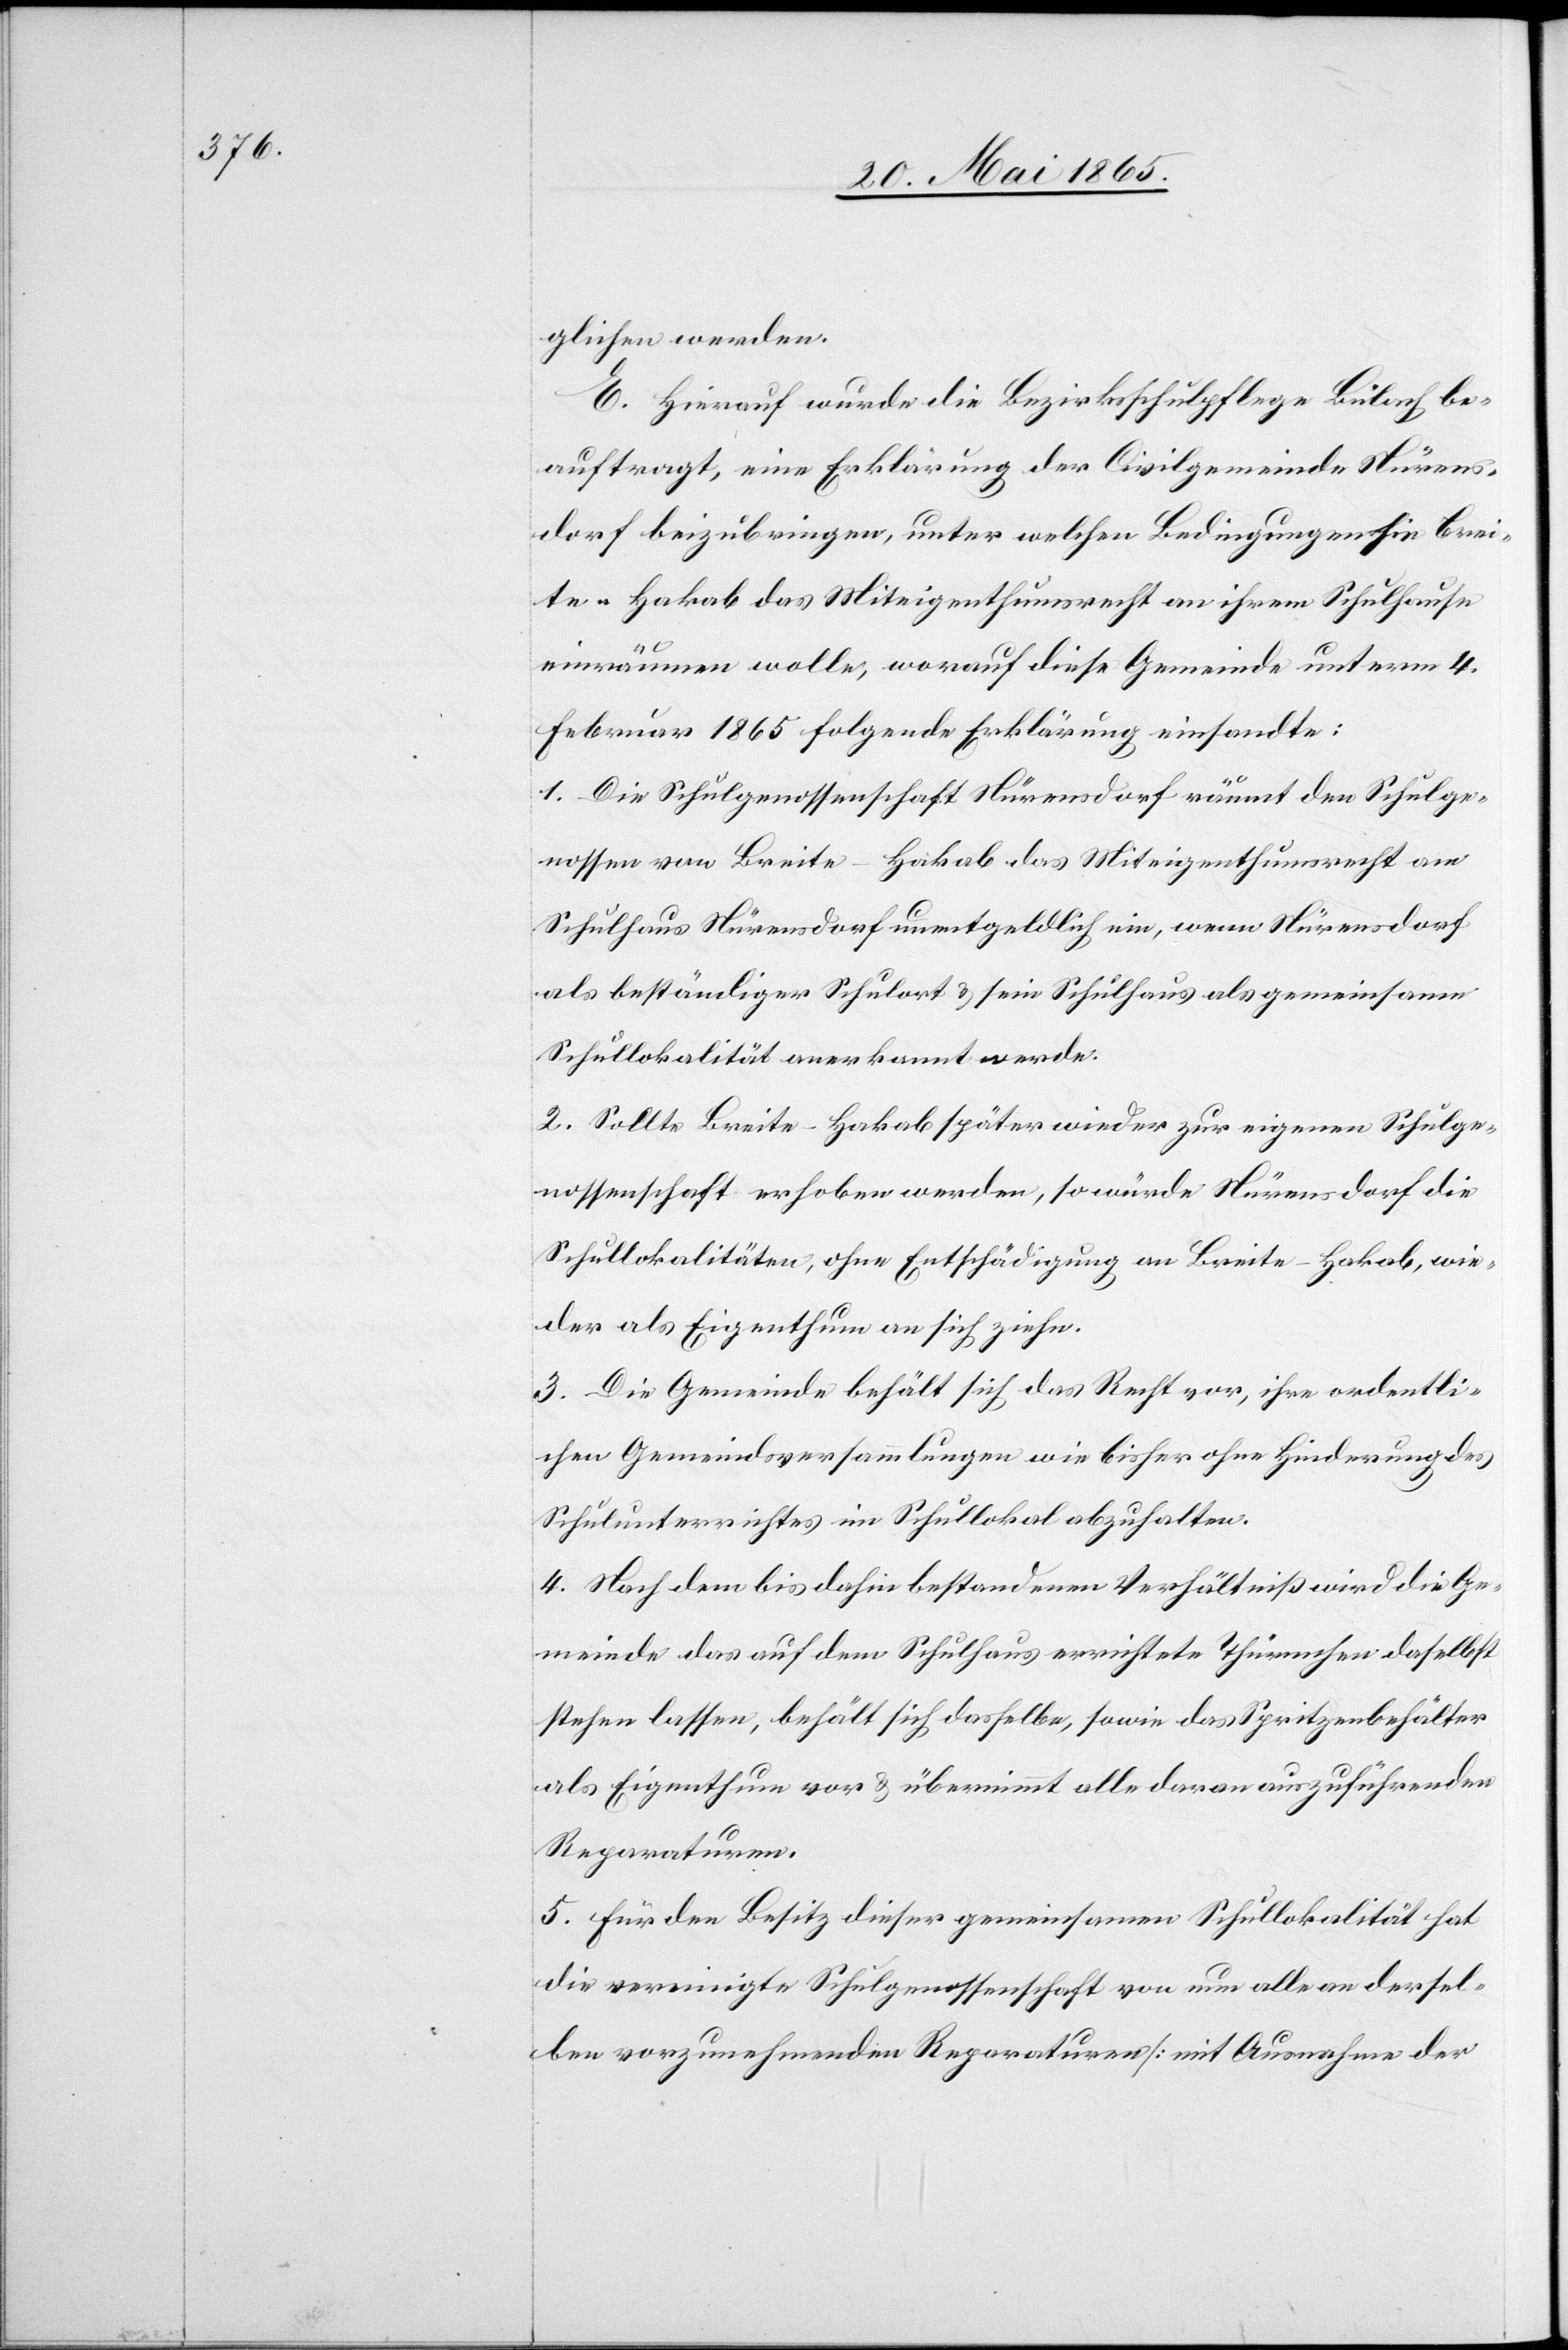
glichen werden.
E. Hierauf wurde die Bezirksschulpflege Bülach be¬
auftragt, eine Erklärung der Civilgemeinde Nürens¬
dorf beizubringen, unter welchen Bedingungen sei Brei¬
te-Hakab das Miteigenthumsrecht an ihrem Schulhause
einräumen wolle, worauf diese Gemeinde unterm 4.
Februar 1865 folgende Erklärung einsandte:
1. Die Schulgenossenschaft Nürensdorf räumt den Schulge¬
nossen von Breite-Hakab das Miteigenthumsrecht am
Schulhaus Nürensdorf unentgeldlich ein, wenn Nürensdorf
als beständiger Schulort & sein Schulhaus als gemeinsame
Schullokalität anerkannt werde.
2. Sollte Breite-Hakab später wieder zur eigenen Schulge¬
nossenschaft erhoben werden, so würde Nürensdorf die
Schullokalitäten, ohne Entschädigung an Breite-Hakab, wie¬
der als Eigenthum an sich zieh[e]n.
3. Die Gemeinde behält sich das Recht vor, ihre ordentli¬
chen Gemeindsversammlungen wie bisher ohne Hinderung des
Schulunterrichtes im Schullokal abzuhalten.
4. Nach dem bis dahin bestandenen Verhältniß wird die Ge¬
meinde das auf dem Schulhaus errichtete Thürmchen daselbst
stehen lassen, behält sich dasselbe, sowie das Spritzenbehälter
als Eigenthum vor & übernimmt alle daran auszuführenden
Reparaturen.
5. Für den Besitz dieser gemeinsamen Schullokalität hat
die vereinigte Schulgenossenschaft von nun alle an dersel¬
ben vorzunehmenden Reparaturen [mit Ausnahme der